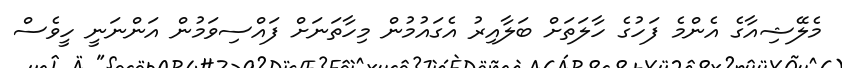
މެލޭޝިއާގެ އެންމެ ފަހުގެ ހާލަތަށް ބަލާއިރު އެގައުމުން މިހާތަނަށް ފައްސިވަމުން އަންނަނީ ހީވެސް